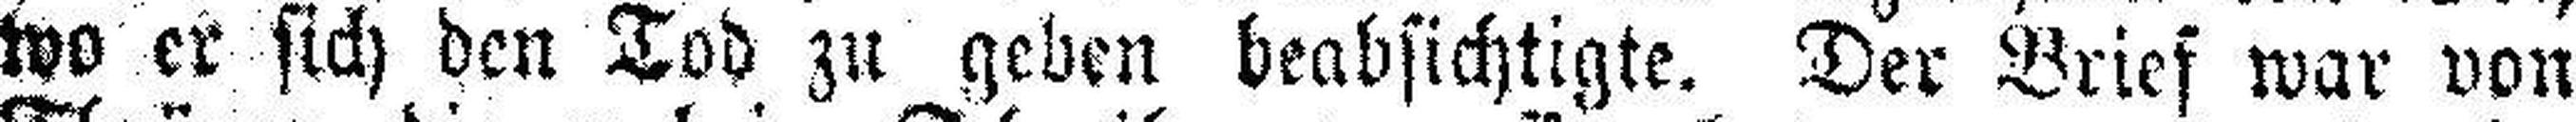
wo er sich den Tod zu geben beabsichtigte. Der Brief war von